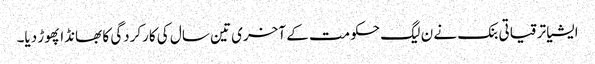
ایشیا ترقیاتی بنک نے ن لیگ حکومت کے آخری تین سال کی کارکردگی کا بھانڈا پھوڑ دیا۔